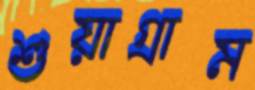
শুয়াগ্রাম